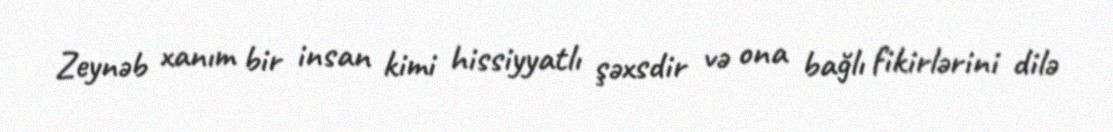
Zeynəb xanım bir insan kimi hissiyyatlı şəxsdir və ona bağlı fikirlərini dilə